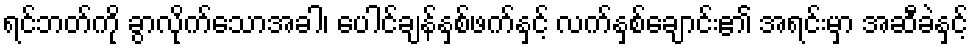
ရင်ဘတ်ကို ခွာလိုက်သောအခါ၊ ပေါင်ချန်နှစ်ဖက်နှင့် လက်နှစ်ချောင်း၏ အရင်းမှာ အဆီခဲနှင့်